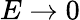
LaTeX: E\rightarrow 0